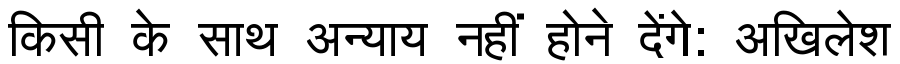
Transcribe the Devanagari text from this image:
किसी के साथ अन्याय नहीं होने देंगे: अखिलेश